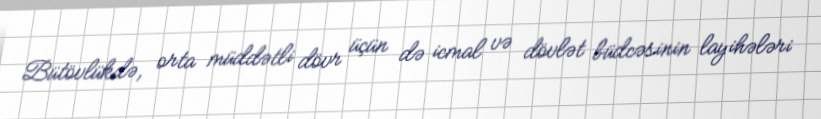
Bütövlükdə, orta müddətli dövr üçün də icmal və dövlət büdcəsinin layihələri